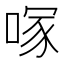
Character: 𭉇